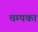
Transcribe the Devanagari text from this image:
चम्पका